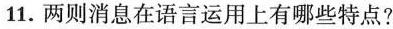
11.两则消息在语言运用上有哪些特点?